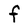
Character: f